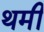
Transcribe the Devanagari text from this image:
थमी